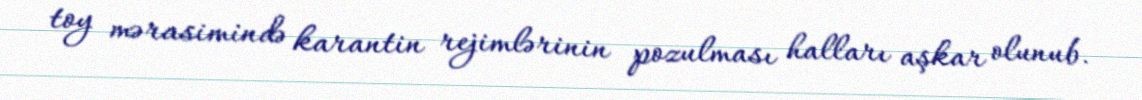
toy mərasimində karantin rejimlərinin pozulması halları aşkar olunub.